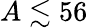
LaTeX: A\lesssim 56